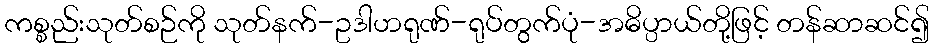
ကစ္စည်းသုတ်စဉ်ကို သုတ်နက်-ဥဒါဟရုဏ်-ရုပ်တွက်ပုံ-အဓိပ္ပာယ်တို့ဖြင့် တန်ဆာဆင်၍